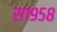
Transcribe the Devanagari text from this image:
स१९५८